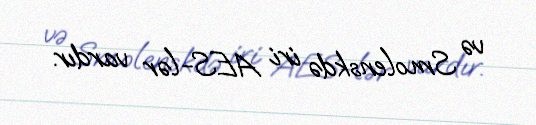
və Smolenskdə iri AES-lər vardır.